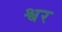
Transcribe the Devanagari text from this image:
श्वर